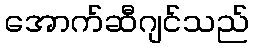
အောက်ဆီဂျင်သည်